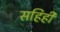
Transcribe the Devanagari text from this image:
सहिही